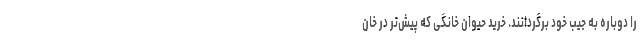
را دوباره به جیب خود برگردانند. خرید حیوان خانگی که پیش‌تر در خان